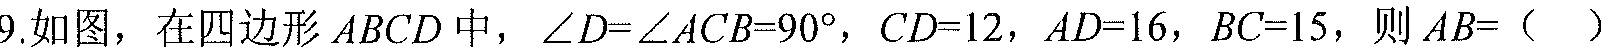
9.如图，在四边形\(ABCD\)中，\(\angle D = \angle ACB=90^{\circ}\)，\(CD = 12\)，\(AD = 16\)，\(BC = 15\)，则\(AB = (\ \ \ )\)